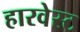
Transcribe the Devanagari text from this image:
हारवेस्ट